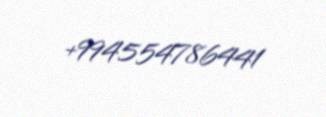
+994554786441